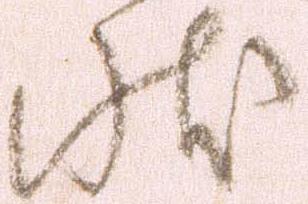
状